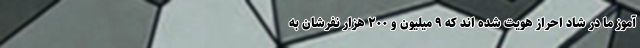
آموز ما در شاد احراز هویت شده اند که ۹ میلیون و ۲۰۰ هزار نفرشان به